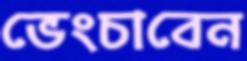
ভেংচাবেন